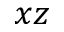
x z